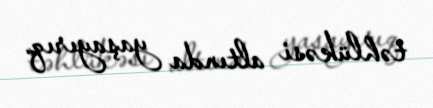
təhlükəsi altında yaşayırıq.